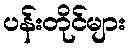
ပန်းတိုင်များ